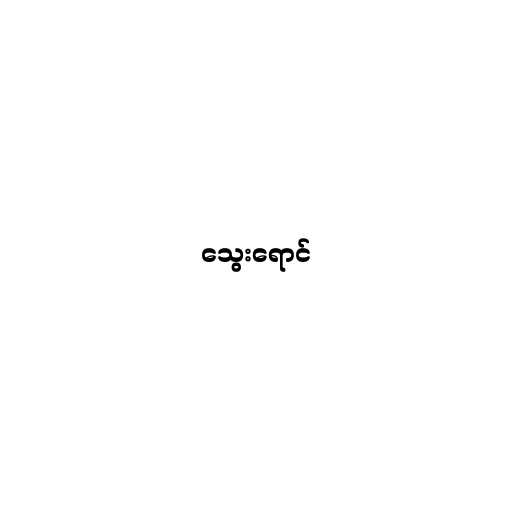
သွေးရောင်